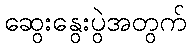
ဆွေးနွေးပွဲအတွက်